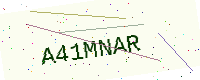
Text: A41MNAR